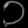
Digit: ၁